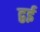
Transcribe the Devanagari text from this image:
द्वई